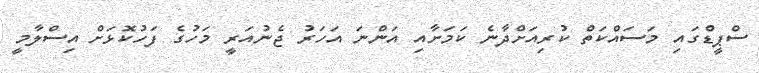
ސްޕީޑްގައި މަސައްކަތް ކުރިއަށްދާނެ ކަމަށާއި އަންނަ އަހަރު ޖެނުއަރީ މަހުގެ ފަހުކޮޅަށް އިސްލާމީ